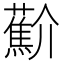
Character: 𰲑